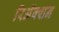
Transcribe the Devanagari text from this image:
रिअॅक्शन